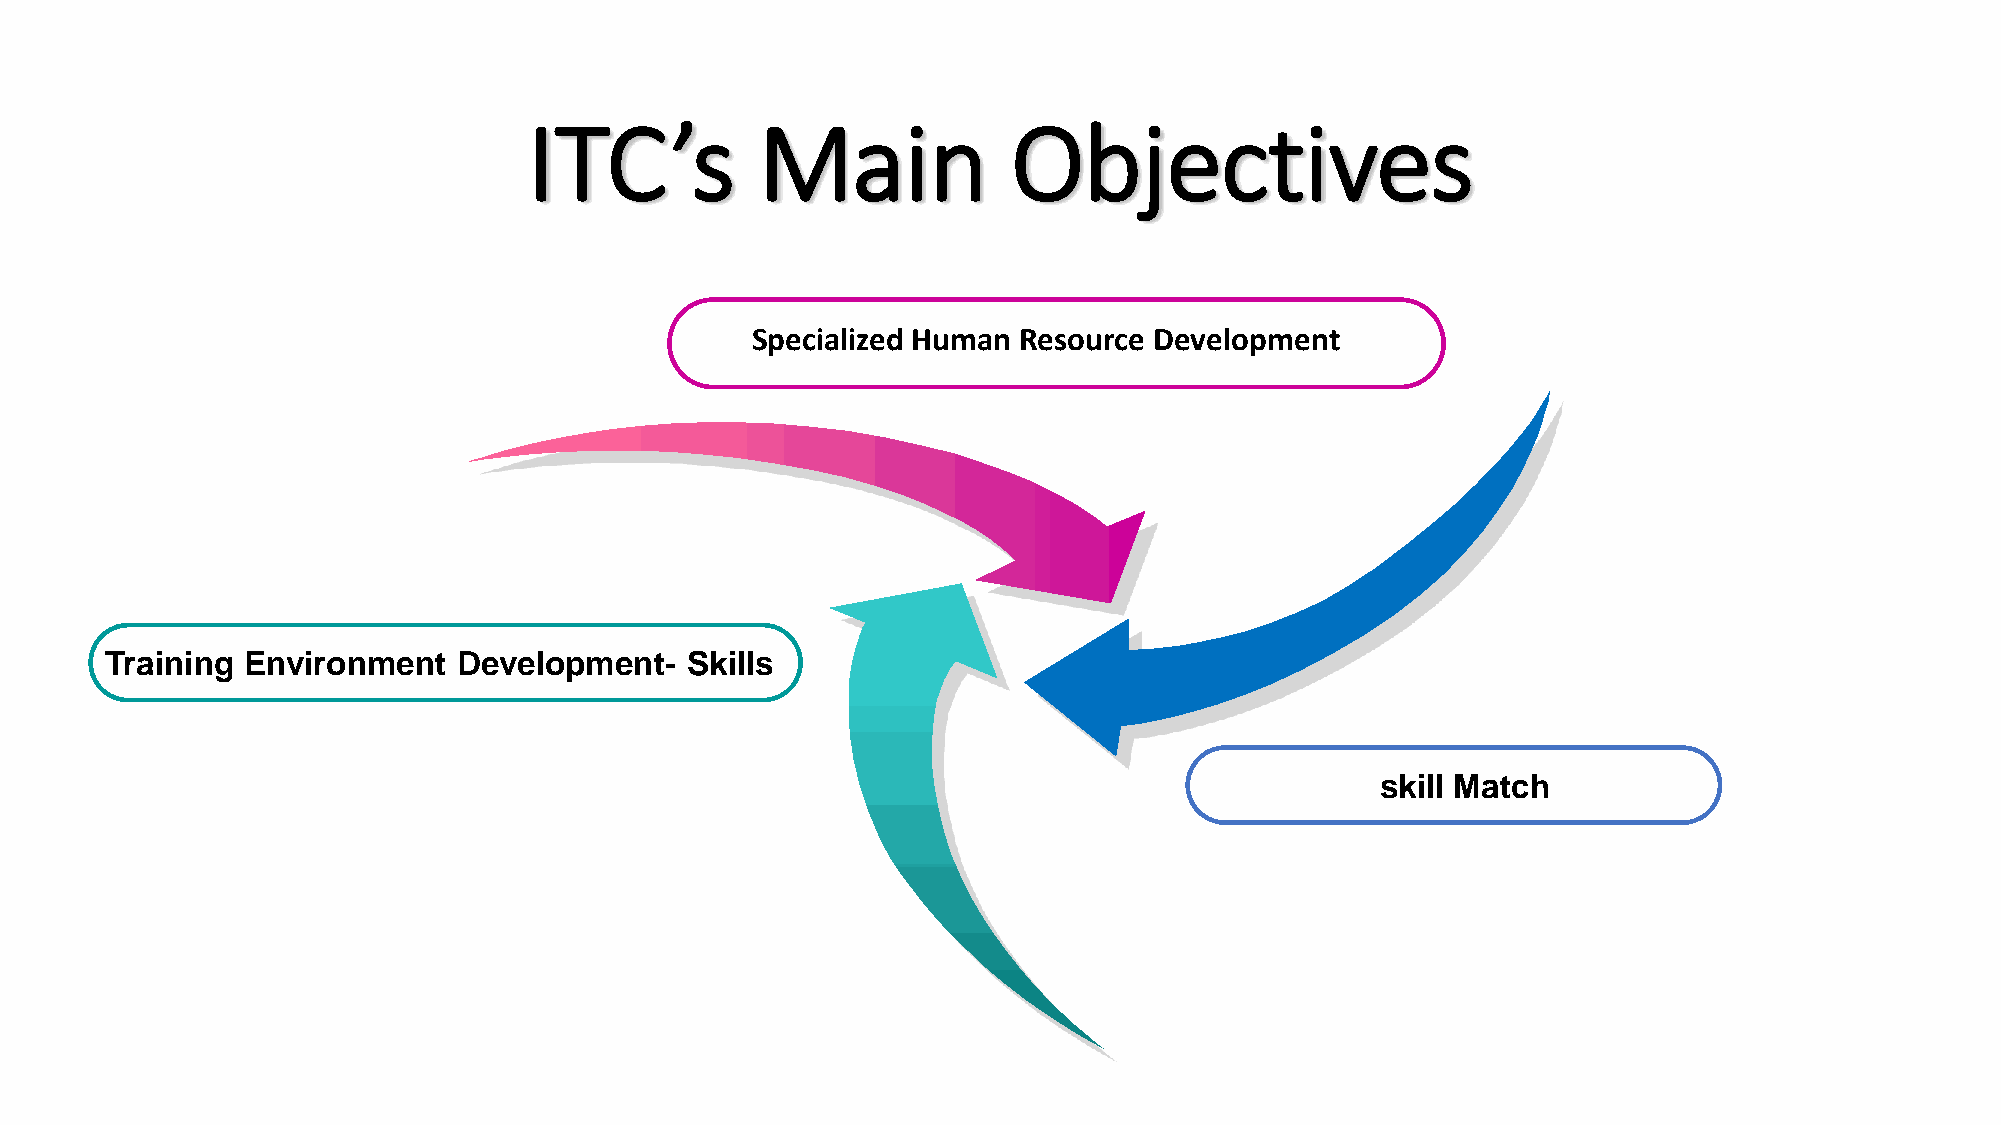
ITC’s          Main             Objectives
 Specialized Human Resource Development
 Training Environment   Development-   Skills
 Sskill Match
 Add   Your  Text
 111111111111111111111111